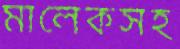
মালেকসহ